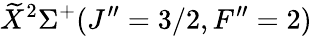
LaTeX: \widetilde{X}^{2}\Sigma^{+}(J^{\prime\prime}=3/2,F^{\prime\prime}=2)